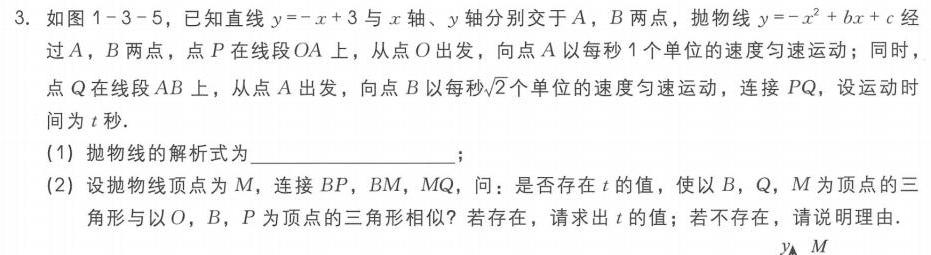
3. 如图1 - 3 - 5，已知直线\(y=-x + 3\)与\(x\)轴、\(y\)轴分别交于\(A\)，\(B\)两点，抛物线\(y=-x^{2}+bx + c\)经过\(A\)，\(B\)两点，点\(P\)在线段\(OA\)上，从点\(O\)出发，向点\(A\)以每秒\(1\)个单位的速度匀速运动；同时，点\(Q\)在线段\(AB\)上，从点\(A\)出发，向点\(B\)以每秒\(\sqrt{2}\)个单位的速度匀速运动，连接\(PQ\)，设运动时间为\(t\)秒.
(1) 抛物线的解析式为  ；
(2) 设抛物线顶点为\(M\)，连接\(BP\)，\(BM\)，\(MQ\)，问：是否存在\(t\)的值，使以\(B\)，\(Q\)，\(M\)为顶点的三角形与以\(O\)，\(B\)，\(P\)为顶点的三角形相似？若存在，请求出\(t\)的值；若不存在，请说明理由.